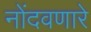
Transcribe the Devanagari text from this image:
नोंदवणारे